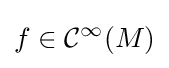
f\in {\mathcal {C}}^{\infty }(M)